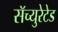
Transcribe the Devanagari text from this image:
सॅच्युरेटेड